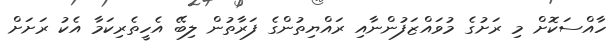
ހާއްސަކޮށް މި ރަށުގެ މުވައްޒަފުންނާއި ރައްޔިތުންގެ ފަރާތުން ލިބޭ އެހީތެރިކަމާ އެކު ރަށަށް